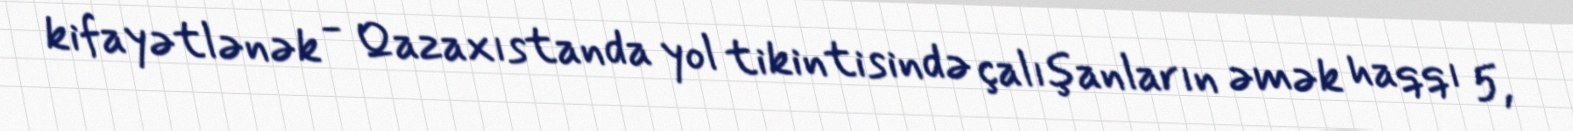
kifayətlənək - Qazaxıstanda yol tikintisində çalışanların əmək haqqı 5,